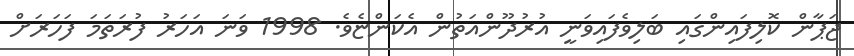
ޖަޕާން ކޮލިފައިންގައި ބަލިވެފައިވަނީ އުރުދޫންއަތުން އެކަންޏެވެ. 1998 ވަނަ އަހަރު ފުރަތަމަ ފަހަރަށް